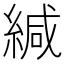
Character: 緘